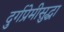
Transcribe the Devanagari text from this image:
दुर्गप्रेमीसुद्धा